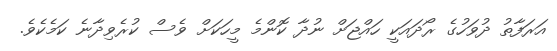
އަރަފާތު ދުވަހުގެ ރޯދައަކީ ހައްޖަށް ނުދާ ކޮންމެ މީހަކަށް ވެސް ކުރެވިދާނެ ކަމެކެވެ.